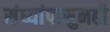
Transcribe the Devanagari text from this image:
संध्यांपासुनही